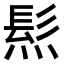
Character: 𤌩